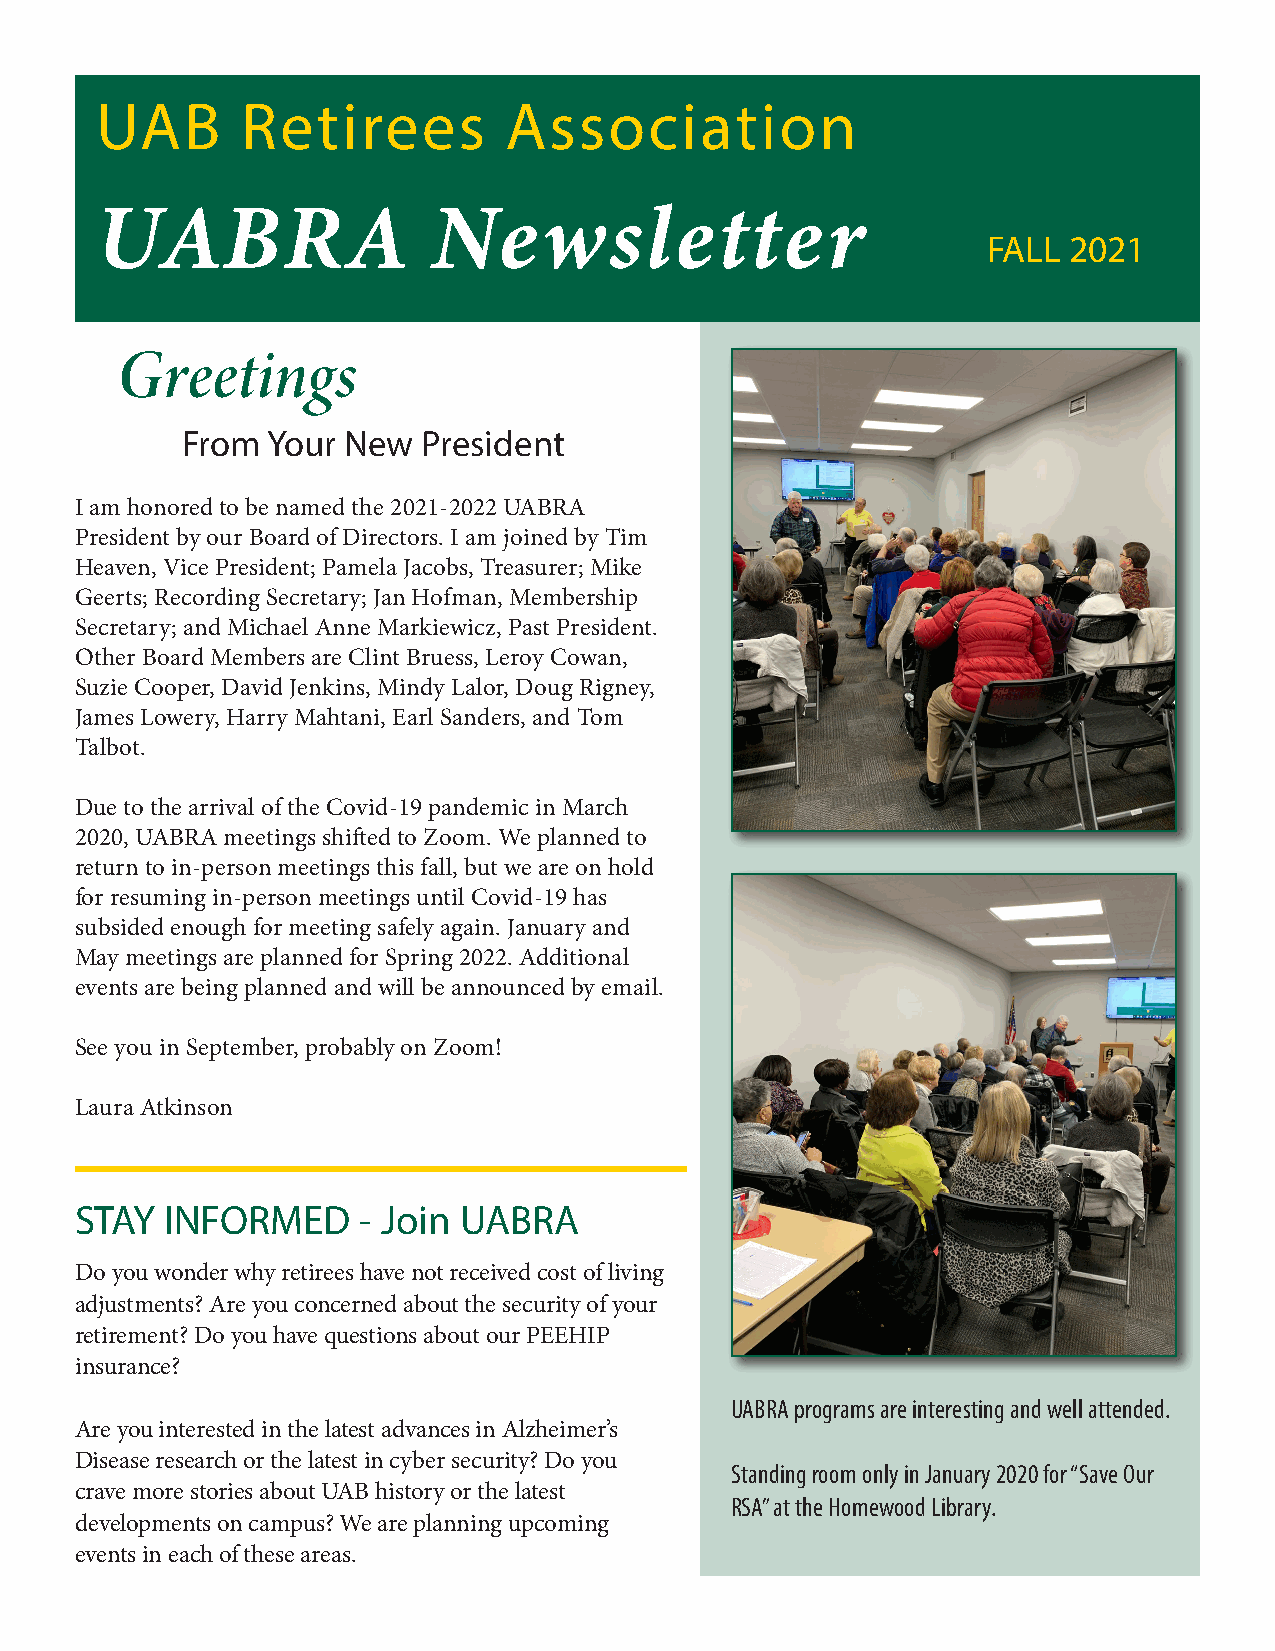
U  A  B   R  e t i r e e s A  s s o  c i a t i o n
 UA       B   R   A     Ne     wslette            r
 FALL  2021
 Greetings
 From  Your New  President
 I am honored to be named the 2021-2022 UABRA
 President by our Board of Directors. I am joined by Tim
 Heaven, Vice President; Pamela Jacobs, Treasurer; Mike
 Geerts; Recording Secretary; Jan Hofman, Membership
 Secretary; and Michael Anne Markiewicz, Past President.
 Other Board Members are Clint Bruess, Leroy Cowan,
 Suzie Cooper, David Jenkins, Mindy Lalor, Doug Rigney,
 James Lowery, Harry Mahtani, Earl Sanders, and Tom
 Talbot.
 Due to the arrival of the Covid-19 pandemic in March
 2020, UABRA meetings shifted to Zoom. We planned to
 return to in-person meetings this fall, but we are on hold
 for resuming in-person meetings until Covid-19 has
 subsided enough for meeting safely again. January and
 May meetings are planned for Spring 2022. Additional
 events are being planned and will be announced by email.
 See you in September, probably on Zoom!
 Laura Atkinson
 STAY  INFORMED     - Join UABRA
 Do you wonder why retirees have not received cost of living
 adjustments? Are you concerned about the security of your
 retirement? Do you have questions about our PEEHIP
 insurance?
 UABRA programs are interesting and well attended.
 Are you interested in the latest advances in Alzheimer’s
 Disease research or the latest in cyber security? Do you
 Standing room only in January 2020 for “Save Our
 crave more stories about UAB history or the latest
 RSA” at the Homewood Library.
 developments on campus? We are planning upcoming
 events in each of these areas.